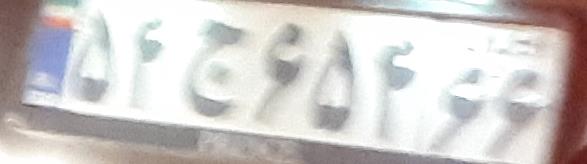
۵۴ج۶۵۴۶۶